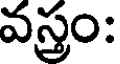
వస్త్రం: